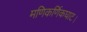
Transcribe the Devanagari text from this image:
मणिकर्णिकघाट।